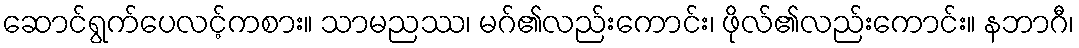
ဆောင်ရွက်ပေလင့်ကစား။ သာမညဿ၊ မဂ်၏လည်းကောင်း၊ ဖိုလ်၏လည်းကောင်း။ နဘာဂီ၊